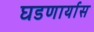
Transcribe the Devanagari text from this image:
घडणार्यास